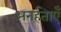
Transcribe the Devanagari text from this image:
अनर्हताएँ